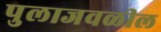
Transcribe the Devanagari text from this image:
पुलाजवळील